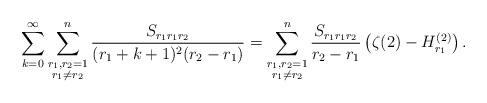
LaTeX: \begin{align*}\sum_{k=0}^{\infty}\sum_{\substack{{r_1,r_2=1}\\r_1\ne r_2}}^{n}\frac{S_{r_1r_1r_2}}{(r_1+k+1)^2(r_2-r_1)}=\sum_{\substack{{r_1,r_2=1}\\r_1\ne r_2}}^{n}\frac{S_{r_1r_1r_2}}{r_2-r_1}\left(\zeta(2) -H^{(2)}_{r_1}\right).\end{align*}